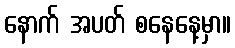
နောက် အပတ် စနေနေ့မှာ။